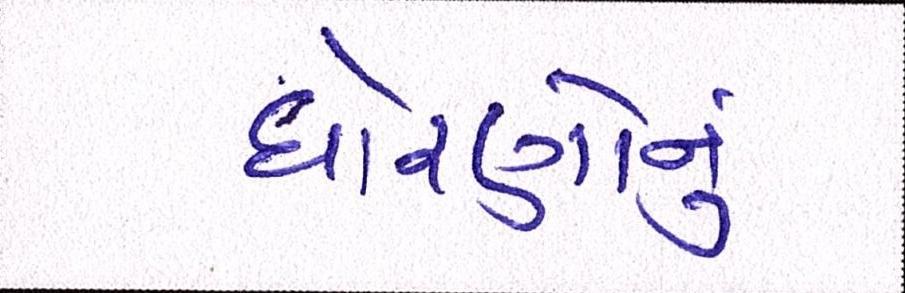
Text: ધોરણોનું